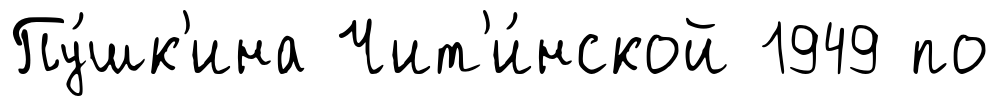
Пу́шк'ина Чит'и́нской 1949 по